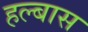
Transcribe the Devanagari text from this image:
हल्बास